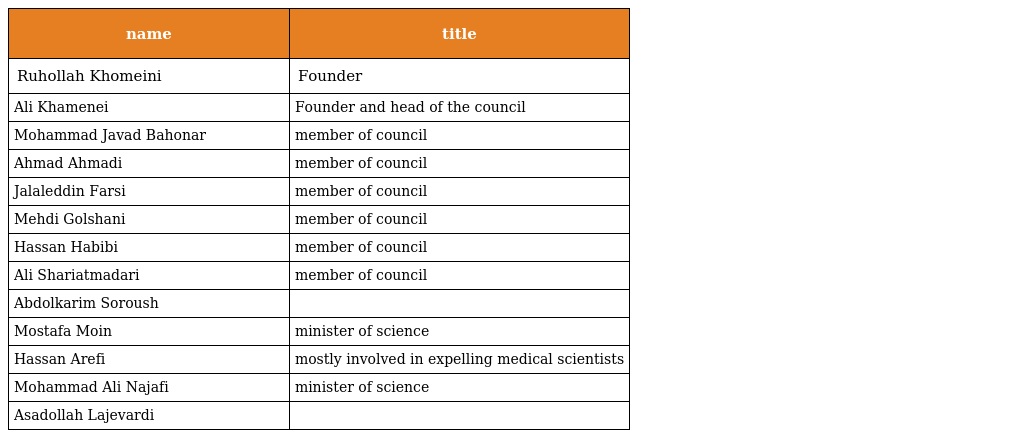
| name | title |
 | --- | --- |
 | Ruhollah Khomeini | Founder |
 | Ali Khamenei | Founder and head of the council |
 | Mohammad Javad Bahonar | member of council |
 | Ahmad Ahmadi | member of council |
 | Jalaleddin Farsi | member of council |
 | Mehdi Golshani | member of council |
 | Hassan Habibi | member of council |
 | Ali Shariatmadari | member of council |
 | Abdolkarim Soroush |  |
 | Mostafa Moin | minister of science |
 | Hassan Arefi | mostly involved in expelling medical scientists |
 | Mohammad Ali Najafi | minister of science |
 | Asadollah Lajevardi |  |